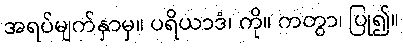
အရပ်မျက်နှာမှ။ ပရိယာဒံ၊ ကို။ ကတွာ၊ ပြု၍။